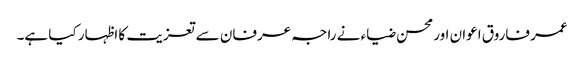
عمر فاروق اعوان اور محسن ضیاء نے راجہ عرفان سے تعزیت کا اظہار کیا ہے۔